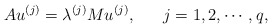
\begin{align*}Au^{(j)} = \lambda^{(j)} M u^{(j)},\ \ \ \ \ j=1,2,\cdots,q,\end{align*}